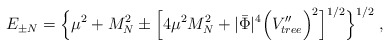
\begin{align*}E_{\pm N}=\Big\lbrace \mu^2+M_N^2\pm\Big\lbrack 4\mu^2M_N^2+|\bar{\Phi}|^4\Big(V_{tree}''\Big)^2\Big\rbrack^{1/2} \Big\rbrace^{1/2}\;,\end{align*}